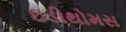
ઇડીથોમસ